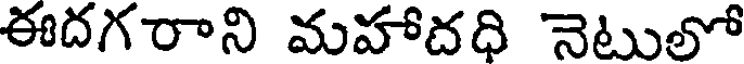
ఈదగరాని మహాదధి నెటులో